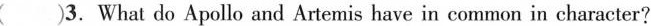
( )3.What do Apollo and Artemis have in common in character?